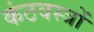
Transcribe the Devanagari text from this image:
कंठवस्त्रों